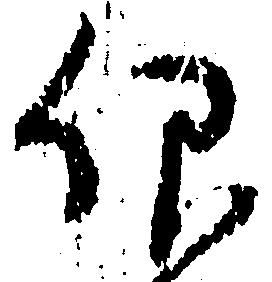
仰